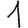
Digit: 1